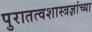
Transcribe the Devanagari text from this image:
पुरातत्वशास्त्रज्ञांच्या